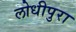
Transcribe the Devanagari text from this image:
लोधीपुरा